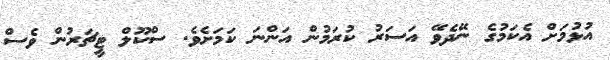
އުޅުމަށް އެކަމުގެ ނޭދެވޭ އަސަރު ކުރަމުން އަންނަ ކަމަށެވެ. ސްކޫލް ޓީޗަރުން ވެސް